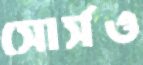
সোর্সও